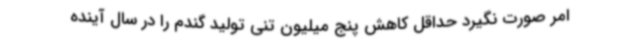
امر صورت نگیرد حداقل کاهش پنج میلیون تنی تولید گندم را در سال آینده